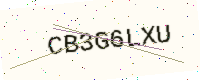
Text: CB3G6LXU